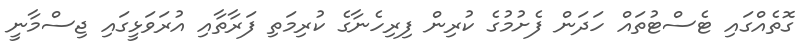
ގޮތެއްގައި ޓެސްޓުތައް ހަދަން ފެށުމުގެ ކުރިން ފިރިހެނާގެ ކުރިމަތި ފަރާތާއި އުރަވަޅީގައި ޖިސްމާނީ